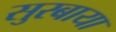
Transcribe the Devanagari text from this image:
सुरबाया